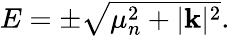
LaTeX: \begin{array}{r}{E=\pm\sqrt{\mu_{n}^{2}+|\mathbf{k}|^{2}}.}\end{array}